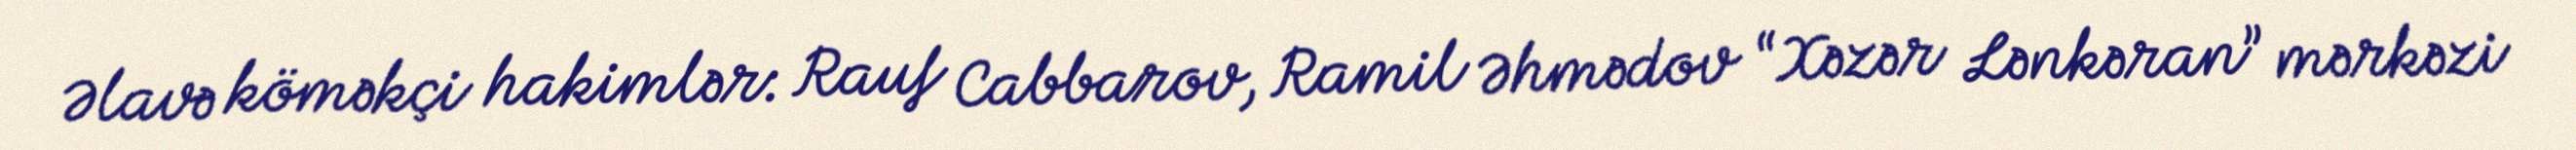
Əlavə köməkçi hakimlər: Rauf Cabbarov, Ramil Əhmədov “Xəzər Lənkəran” mərkəzi